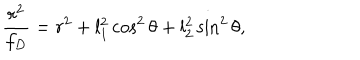
{ \frac { r ^ { 2 } } { f _ { D } } } = r ^ { 2 } + l _ { 1 } ^ { 2 } \cos ^ { 2 } \theta + l _ { 2 } ^ { 2 } \sin ^ { 2 } \theta ,